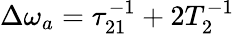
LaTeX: \Delta\omega_{a}=\tau_{21}^{-1}+2T_{2}^{-1}